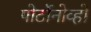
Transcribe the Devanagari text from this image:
पोर्टोनोव्हो